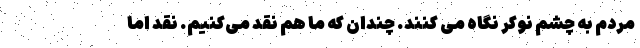
مردم به چشم نوکر نگاه می کنند. چندان که ما هم نقد می‌کنیم. نقد اما